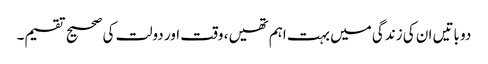
دو باتیں ان کی زندگی میں بہت اہم تھیں، وقت اور دولت کی صحیح تقسیم۔